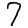
Digit: 7